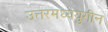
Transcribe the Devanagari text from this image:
उत्तरमध्ययुगीन